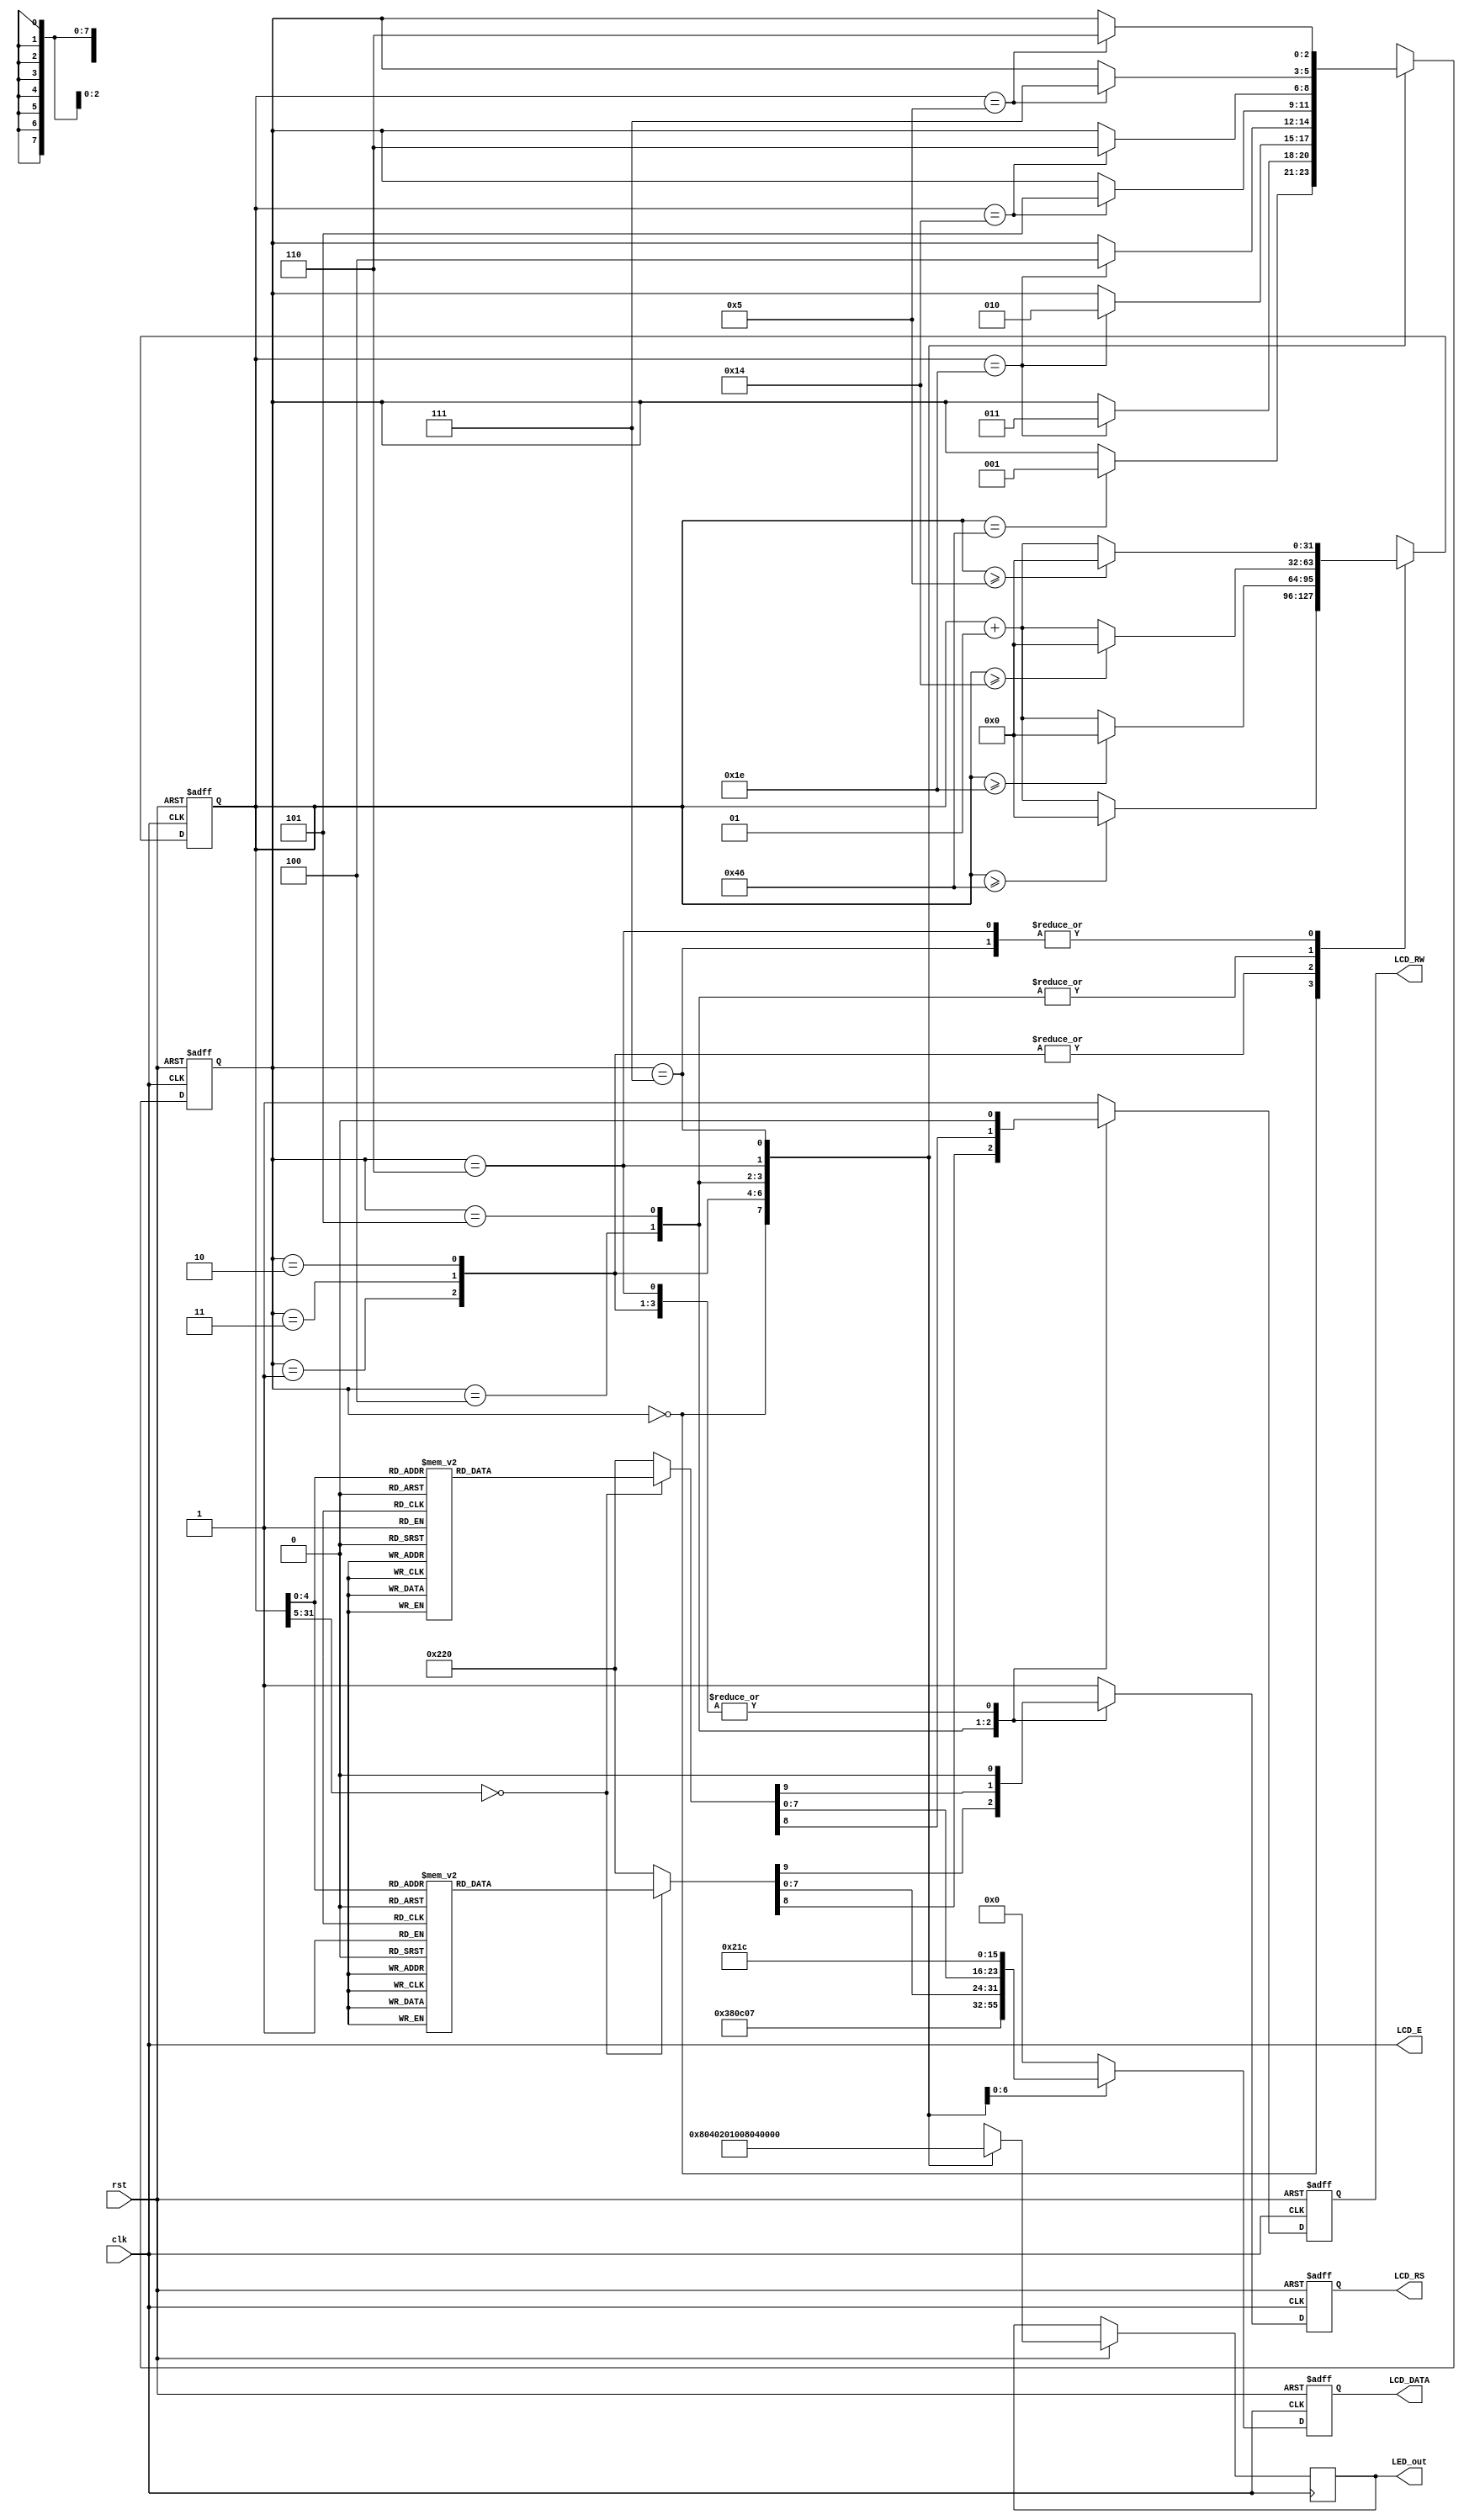
`timescale 1ns / 1ps
//////////////////////////////////////////////////////////////////////////////////
// Company: 
// Engineer: 
// 
// Design Name: 
// Module Name: text_LCD_basic_shift
// Project Name: 
// Target Devices: 
// Tool Versions: 
// Description: 
// 
// Dependencies: 
// 
// Revision:
// Revision 0.01 - File Created
// Additional Comments:
// 
//////////////////////////////////////////////////////////////////////////////////


module text_LCD_basic_shift(rst, clk, LCD_E, LCD_RS, LCD_RW, LCD_DATA, LED_out);
input rst,clk;
output LCD_E,LCD_RS,LCD_RW;
output reg[7:0] LCD_DATA;
output reg[7:0] LED_out;
wire LCD_E;
reg LCD_RS,LCD_RW;
reg[2:0] state;
parameter DELAY=3'b000,
          FUNCTION_SET=3'b001,
          ENTRY_MODE  =3'b010,
          DISP_ONOFF  =3'b011,
          LINE1       =3'b100,
          LINE2       =3'b101,
          DELAY_T     =3'b110,
          DISP_SHIFT  =3'b111;
integer cnt;

always @(posedge clk or negedge rst) begin
    if(!rst) begin 
        state = DELAY;
        cnt = 0;
    end
    else begin
        case(state)
            DELAY : begin
                LED_out = 8'b1000_0000;
                if (cnt == 70) state = FUNCTION_SET;  
                if(cnt >= 70) cnt = 0;
                else cnt = cnt + 1; 
            end
            FUNCTION_SET : begin
                LED_out = 8'b0100_0000;
                if (cnt == 30) state = DISP_ONOFF;
                if(cnt >= 30) cnt = 0;
                else cnt = cnt + 1;
            end
            DISP_ONOFF : begin
                LED_out = 8'b0010_0000;
                if (cnt == 30) state = ENTRY_MODE;
                if(cnt >= 30) cnt = 0;
                else cnt = cnt + 1;
            end
            ENTRY_MODE : begin
                LED_out = 8'b0001_0000;
                if (cnt == 30) state = LINE1;
                if(cnt >= 30) cnt = 0;
                else cnt = cnt + 1;
            end
            LINE1 : begin
                LED_out = 8'b0000_1000;
                if (cnt == 20) state = LINE2;
                if(cnt >= 20) cnt = 0;
                else cnt = cnt + 1;
            end
            LINE2 : begin
                LED_out = 8'b0000_0100;
                if (cnt == 20) state = DELAY_T;
                if(cnt >= 20) cnt = 0;
                else cnt = cnt + 1;
            end
            DELAY_T : begin
                LED_out = 8'b0000_0010;
                if (cnt == 5) state = DISP_SHIFT;
                if(cnt >= 5) cnt = 0;
                else cnt = cnt + 1;
            end
            DISP_SHIFT : begin
                LED_out = 8'b0000_0001;
                if (cnt == 5) state = DELAY_T;
                if(cnt >= 5) cnt = 0;
                else cnt = cnt + 1;
            end
            default : state = DELAY;
        endcase
    end
end

always @(posedge clk or negedge rst)
begin
    if(!rst)
        {LCD_RS,LCD_RW,LCD_DATA}=10'b1_1_00000000;
    else begin
        case(state)
            FUNCTION_SET:
                {LCD_RS,LCD_RW,LCD_DATA}=10'b0_0_0011_1000;
            DISP_ONOFF:
                {LCD_RS,LCD_RW,LCD_DATA}=10'b0_0_0000_1100;
            ENTRY_MODE:
                {LCD_RS,LCD_RW,LCD_DATA}=10'b0_0_0000_0111;

    LINE1:
    begin
        case(cnt)
            00:{LCD_RS,LCD_RW,LCD_DATA}=10'b0_0_1000_0000;
            01:{LCD_RS,LCD_RW,LCD_DATA}=10'b1_0_0010_0000; //
            02:{LCD_RS,LCD_RW,LCD_DATA}=10'b1_0_0100_1000; // H
            03:{LCD_RS,LCD_RW,LCD_DATA}=10'b1_0_0100_0101; // E
            04:{LCD_RS,LCD_RW,LCD_DATA}=10'b1_0_0100_1100; // L
            05:{LCD_RS,LCD_RW,LCD_DATA}=10'b1_0_0100_1100; // L
            06:{LCD_RS,LCD_RW,LCD_DATA}=10'b1_0_0100_1111; // O
            07:{LCD_RS,LCD_RW,LCD_DATA}=10'b1_0_0010_0000; // 
            08:{LCD_RS,LCD_RW,LCD_DATA}=10'b1_0_0101_0111; // W
            09:{LCD_RS,LCD_RW,LCD_DATA}=10'b1_0_0100_1111; // O
            10:{LCD_RS,LCD_RW,LCD_DATA}=10'b1_0_0101_0010; // R
            11:{LCD_RS,LCD_RW,LCD_DATA}=10'b1_0_0100_1100; // L
            12:{LCD_RS,LCD_RW,LCD_DATA}=10'b1_0_0100_0100; // D
            13:{LCD_RS,LCD_RW,LCD_DATA}=10'b1_0_0010_0001; // !
            14:{LCD_RS,LCD_RW,LCD_DATA}=10'b1_0_0010_0000; // 
            15:{LCD_RS,LCD_RW,LCD_DATA}=10'b1_0_0010_0000; //
            16:{LCD_RS,LCD_RW,LCD_DATA}=10'b1_0_0010_0000; //
            default:{LCD_RS,LCD_RW,LCD_DATA}=10'b1_0_0010_0000; //
        endcase
    end

    LINE2:
    begin
        case(cnt)
            00:{LCD_RS,LCD_RW,LCD_DATA}=10'b0_0_1100_0000;
            01:{LCD_RS,LCD_RW,LCD_DATA}=10'b1_0_0011_0010; // 2
            02:{LCD_RS,LCD_RW,LCD_DATA}=10'b1_0_0011_0000; // 0
            03:{LCD_RS,LCD_RW,LCD_DATA}=10'b1_0_0011_0010; // 2
            04:{LCD_RS,LCD_RW,LCD_DATA}=10'b1_0_0011_0000; // 0
            05:{LCD_RS,LCD_RW,LCD_DATA}=10'b1_0_0011_0100; // 4
            06:{LCD_RS,LCD_RW,LCD_DATA}=10'b1_0_0011_0100; // 4
            07:{LCD_RS,LCD_RW,LCD_DATA}=10'b1_0_0011_0000; // 0
            08:{LCD_RS,LCD_RW,LCD_DATA}=10'b1_0_0011_0001; // 1
            09:{LCD_RS,LCD_RW,LCD_DATA}=10'b1_0_0011_0100; // 4
            10:{LCD_RS,LCD_RW,LCD_DATA}=10'b1_0_0011_0111; // 7
            11:{LCD_RS,LCD_RW,LCD_DATA}=10'b1_0_0011_0000; // 
            12:{LCD_RS,LCD_RW,LCD_DATA}=10'b1_0_0101_1000; // H
            13:{LCD_RS,LCD_RW,LCD_DATA}=10'b1_0_0100_1011; // K
            14:{LCD_RS,LCD_RW,LCD_DATA}=10'b1_0_0101_0011; // S
            15:{LCD_RS,LCD_RW,LCD_DATA}=10'b1_0_0010_0000; // 
            16:{LCD_RS,LCD_RW,LCD_DATA}=10'b1_0_0010_0000; // 
            default:{LCD_RS,LCD_RW,LCD_DATA}=10'b1_0_0010_0000; // 
        endcase
    end

            DELAY_T:
                {LCD_RS,LCD_RW,LCD_DATA}=10'b0_0_0000_0010;
            DISP_SHIFT:
                {LCD_RS,LCD_RW,LCD_DATA}=10'b0_0_0001_1100;
            default:
                {LCD_RS,LCD_RW,LCD_DATA}=10'b1_1_0000_0000;
        endcase
    end
end

assign LCD_E=clk;

endmodule